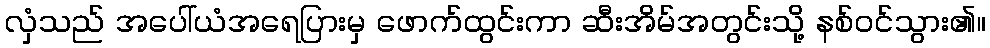
လှံသည် အပေါ်ယံအရေပြားမှ ဖောက်ထွင်းကာ ဆီးအိမ်အတွင်းသို့ နစ်ဝင်သွား၏။